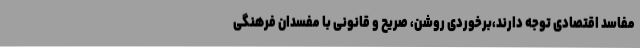
مفاسد اقتصادی توجه دارند،برخوردی روشن، صریح و قانونی با مفسدان فرهنگی